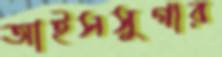
আইসসুগার